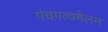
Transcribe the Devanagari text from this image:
पंचगव्यमेलन